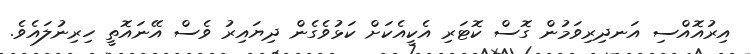
އިރުއޮއްސި އަނދިރިވަމުން ގޮސް ކޮޓަރި އެކީއެކަށް ކަޅުވެގެން ދިޔައިރު ވެސް އޭނައޮތީ ހިރިނުލައެވެ.